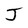
Character: J